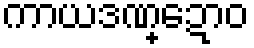
ကာယဒဏ္ဍောဝ